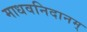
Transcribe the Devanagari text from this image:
माधवनिदानम्